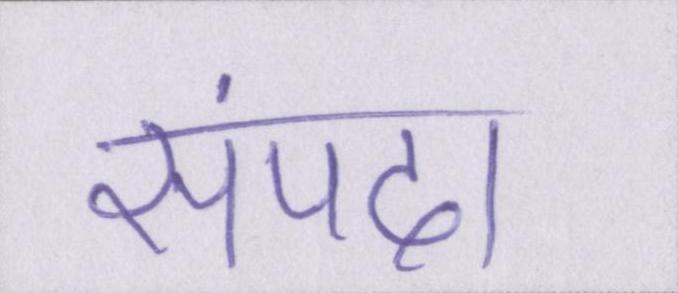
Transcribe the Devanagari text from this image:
संपदा